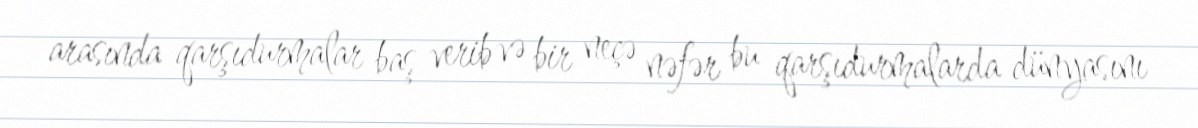
arasında qarşıdurmalar baş verib və bir neçə nəfər bu qarşıdurmalarda dünyasını